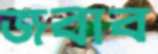
জবাব